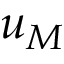
u _ { M }